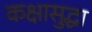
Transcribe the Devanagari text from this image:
कक्षासुद्धा